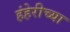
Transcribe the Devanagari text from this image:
हंहेरीच्या